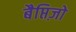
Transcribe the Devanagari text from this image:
बैप्तिज़ो